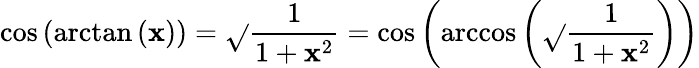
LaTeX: \cos\left(\arctan\left(\mathbf{x}\right)\right)={\sqrt{}{{\frac{{1}}{{1+\mathbf{x}^{2}}}}}}=\cos\left(\operatorname{arccos}\left({\sqrt{}{{\frac{{1}}{{1+\mathbf{x}^{2}}}}}}\right)\right)